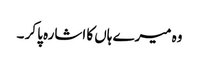
وہ میرے ہاں کا اشارہ پا کر ۔